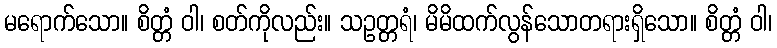
မရောက်သော။ စိတ္တံ ဝါ၊ စတ်ကိုလည်း။ သဥတ္တရံ၊ မိမိထက်လွန်သောတရားရှိသော။ စိတ္တံ ဝါ၊